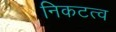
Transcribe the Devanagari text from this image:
निकटत्व